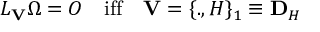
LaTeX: { \cal L } _ { { \bf V } } \Omega = O \quad \mathrm { i f f } \quad { \bf V } = \{ . , H \} _ { 1 } \equiv { \bf D } _ { H }